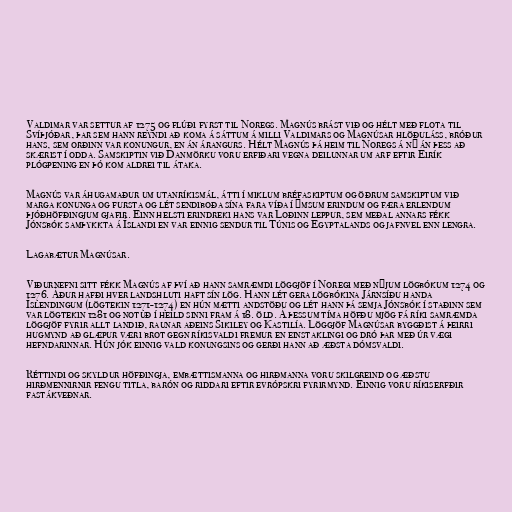
Valdimar var settur af 1275 og flúði fyrst til Noregs. Magnús brást við og hélt með flota til
Svíþjóðar, þar sem hann reyndi að koma á sáttum á milli Valdimars og Magnúsar hlöðuláss, bróður
hans, sem orðinn var konungur, en án árangurs. Hélt Magnús þá heim til Noregs á ný án þess að
skærist í odda. Samskiptin við Danmörku voru erfiðari vegna deilunnar um arf eftir Eirík
plógpening en þó kom aldrei til átaka.

Magnús var áhugamaður um utanríkismál, átti í miklum bréfaskiptum og öðrum samskiptum við
marga konunga og fursta og lét sendiboða sína fara víða í ýmsum erindum og færa erlendum
þjóðhöfðingjum gjafir. Einn helsti erindreki hans var Loðinn leppur, sem meðal annars fékk
Jónsbók samþykkta á Íslandi en var einnig sendur til Túnis og Egyptalands og jafnvel enn lengra.

Lagabætur Magnúsar.

Viðurnefni sitt fékk Magnús af því að hann samræmdi löggjöf í Noregi með nýjum lögbókum 1274 og
1276. Áður hafði hver landshluti haft sín lög. Hann lét gera lögbókina Járnsíðu handa
Íslendingum (lögtekin 1271-1274) en hún mætti andstöðu og lét hann þá semja Jónsbók í staðinn sem
var lögtekin 1281 og notuð í heild sinni fram á 18. öld. Á þessum tíma höfðu mjög fá ríki samræmda
löggjöf fyrir allt landið, raunar aðeins Sikiley og Kastilía. Löggjöf Magnúsar byggðist á þeirri
hugmynd að glæpur væri brot gegn ríkisvaldi fremur en einstaklingi og dró þar með úr vægi
hefndarinnar. Hún jók einnig vald konungsins og gerði hann að æðsta dómsvaldi.

Réttindi og skyldur höfðingja, embættismanna og hirðmanna voru skilgreind og æðstu
hirðmennirnir fengu titla, barón og riddari eftir evrópskri fyrirmynd. Einnig voru ríkiserfðir
fastákveðnar.